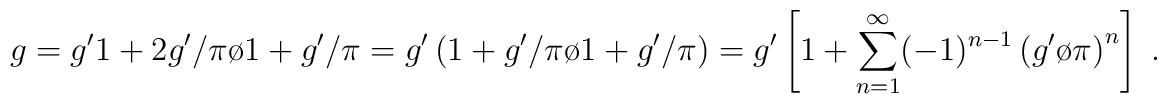
g=g' {{1+2g'/\pi}\o{1+g'/\pi}}=g'\left(1+{{g'/\pi}\o{1+g'/\pi}}	\right) = g'\left[1+\sum_{n=1}^{\infty} (-1)^{n-1}	\left({{g'}\o\pi}\right)^n \right] \;.